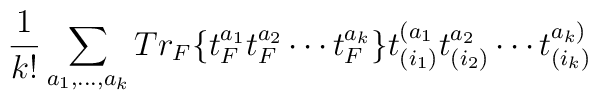
{1\over{k!}}\sum_{a_1,\dots,a_k} Tr_F \{  t^{a_1}_F t^{a_2}_F\cdots t^{a_k}_F \}           t^{(a_1}_{(i_1)} t^{a_2}_{(i_2)} \cdots t^{a_k)}_{(i_k)}